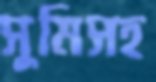
সুমিসহ